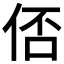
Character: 俖